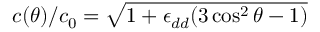
c ( \theta ) / c _ { 0 } = \sqrt { 1 + \epsilon _ { d d } ( 3 \cos ^ { 2 } \theta - 1 ) }